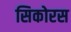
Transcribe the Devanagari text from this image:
सिकोरस